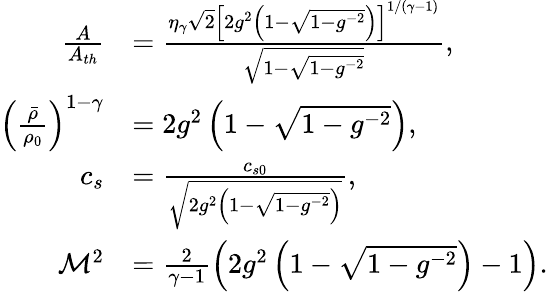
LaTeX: \begin{array}{rl}{\frac{A}{A_{th}}}&{=\frac{\eta_{\gamma}\sqrt{2}\left[2g^{2}\left(1-\sqrt{1-g^{-2}}\right)\right]^{1/(\gamma-1)}}{\sqrt{1-\sqrt{1-g^{-2}}}},}\\ {\left(\frac{\bar{\rho}}{\rho_{0}}\right)^{1-\gamma}}&{=2g^{2}\left(1-\sqrt{1-g^{-2}}\right),}\\ {c_{s}}&{=\frac{c_{s0}}{\sqrt{2g^{2}\left(1-\sqrt{1-g^{-2}}\right)}},}\\ {\mathcal{M}^{2}}&{=\frac{2}{\gamma-1}\left(2g^{2}\left(1-\sqrt{1-g^{-2}}\right)-1\right).}\end{array}